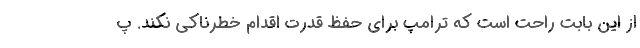
از این بابت راحت است که ترامپ برای حفظ قدرت اقدام خطرناکی نکند. پ